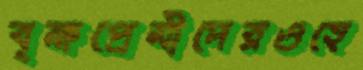
বৃক্ষপ্রেমীদেরওহে